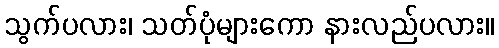
သွက်ပလား၊ သတ်ပုံများကော နားလည်ပလား။